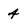
Character: 4